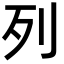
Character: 列